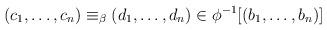
LaTeX: \begin{align*}(c_1,\dots,c_n)\equiv_\beta(d_1,\dots,d_n)\in\phi^{-1}[(b_1,\dots,b_n)]\quad\end{align*}